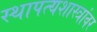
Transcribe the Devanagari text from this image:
स्थापत्यशास्त्रांवर